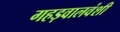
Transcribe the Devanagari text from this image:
गहड़वालवंशी